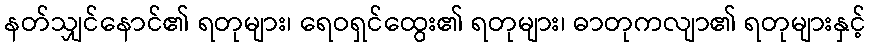
နတ်သျှင်နောင်၏ ရတုများ၊ ရေဝရှင်ထွေး၏ ရတုများ၊ ဓာတုကလျာ၏ ရတုများနှင့်